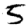
Digit: 5